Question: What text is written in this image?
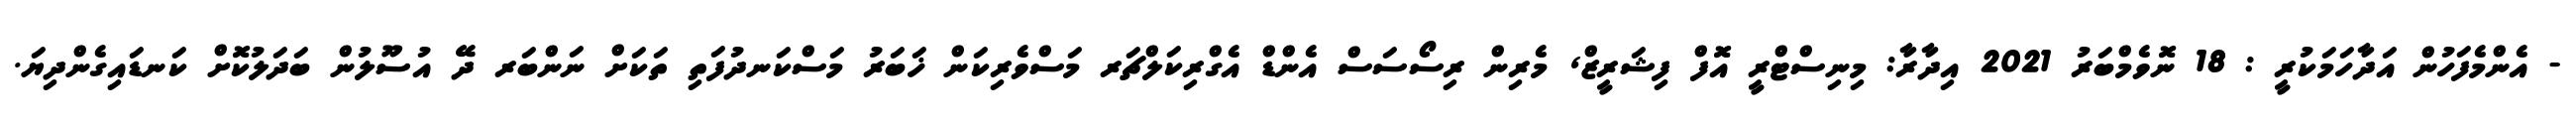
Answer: - އެންމެފަހުން އަދާހަމަކުރީ : 18 ނޮވެމްބަރު 2021 އިދާރާ: މިނިސްޓްރީ އޮފް ފިޝަރީޒް, މެރިން ރިސޯސަސް އެންޑް އެގްރިކަލްޗަރ މަސްވެރިކަން ޚަބަރު މަސްކަނދުފަތި ތަކަށް ނަންބަރ ދޭ އުސޫލުން ބަދަލުކޮށް ކަނޑައިގެންދިޔަ.